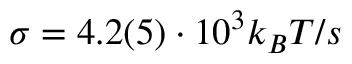
\sigma = 4 . 2 ( 5 ) \cdot 1 0 ^ { 3 } k _ { B } T / s